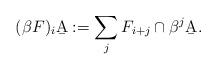
LaTeX: \begin{align*} (\beta F)_i\b A: = \sum_j F_{i+j}\cap \beta^j\b A.\end{align*}